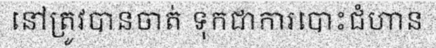
នៅត្រូវបានចាត់ ទុកជាការបោះជំហាន